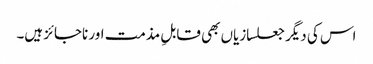
اس کی دیگر جعلسازیاں بھی قابلِ مذمت اور ناجائز ہیں۔